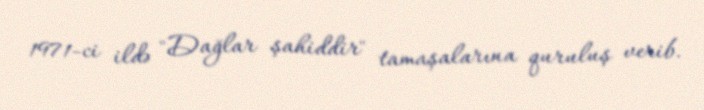
1971-ci ildə "Dağlar şahiddir" tamaşalarına quruluş verib.